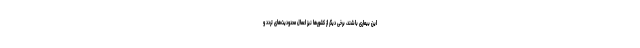
این بیماری باشند، برخی دیگر از کشورها نیز اعمال محدودیت‌های تردد و